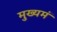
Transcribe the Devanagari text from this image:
मुख्यमं